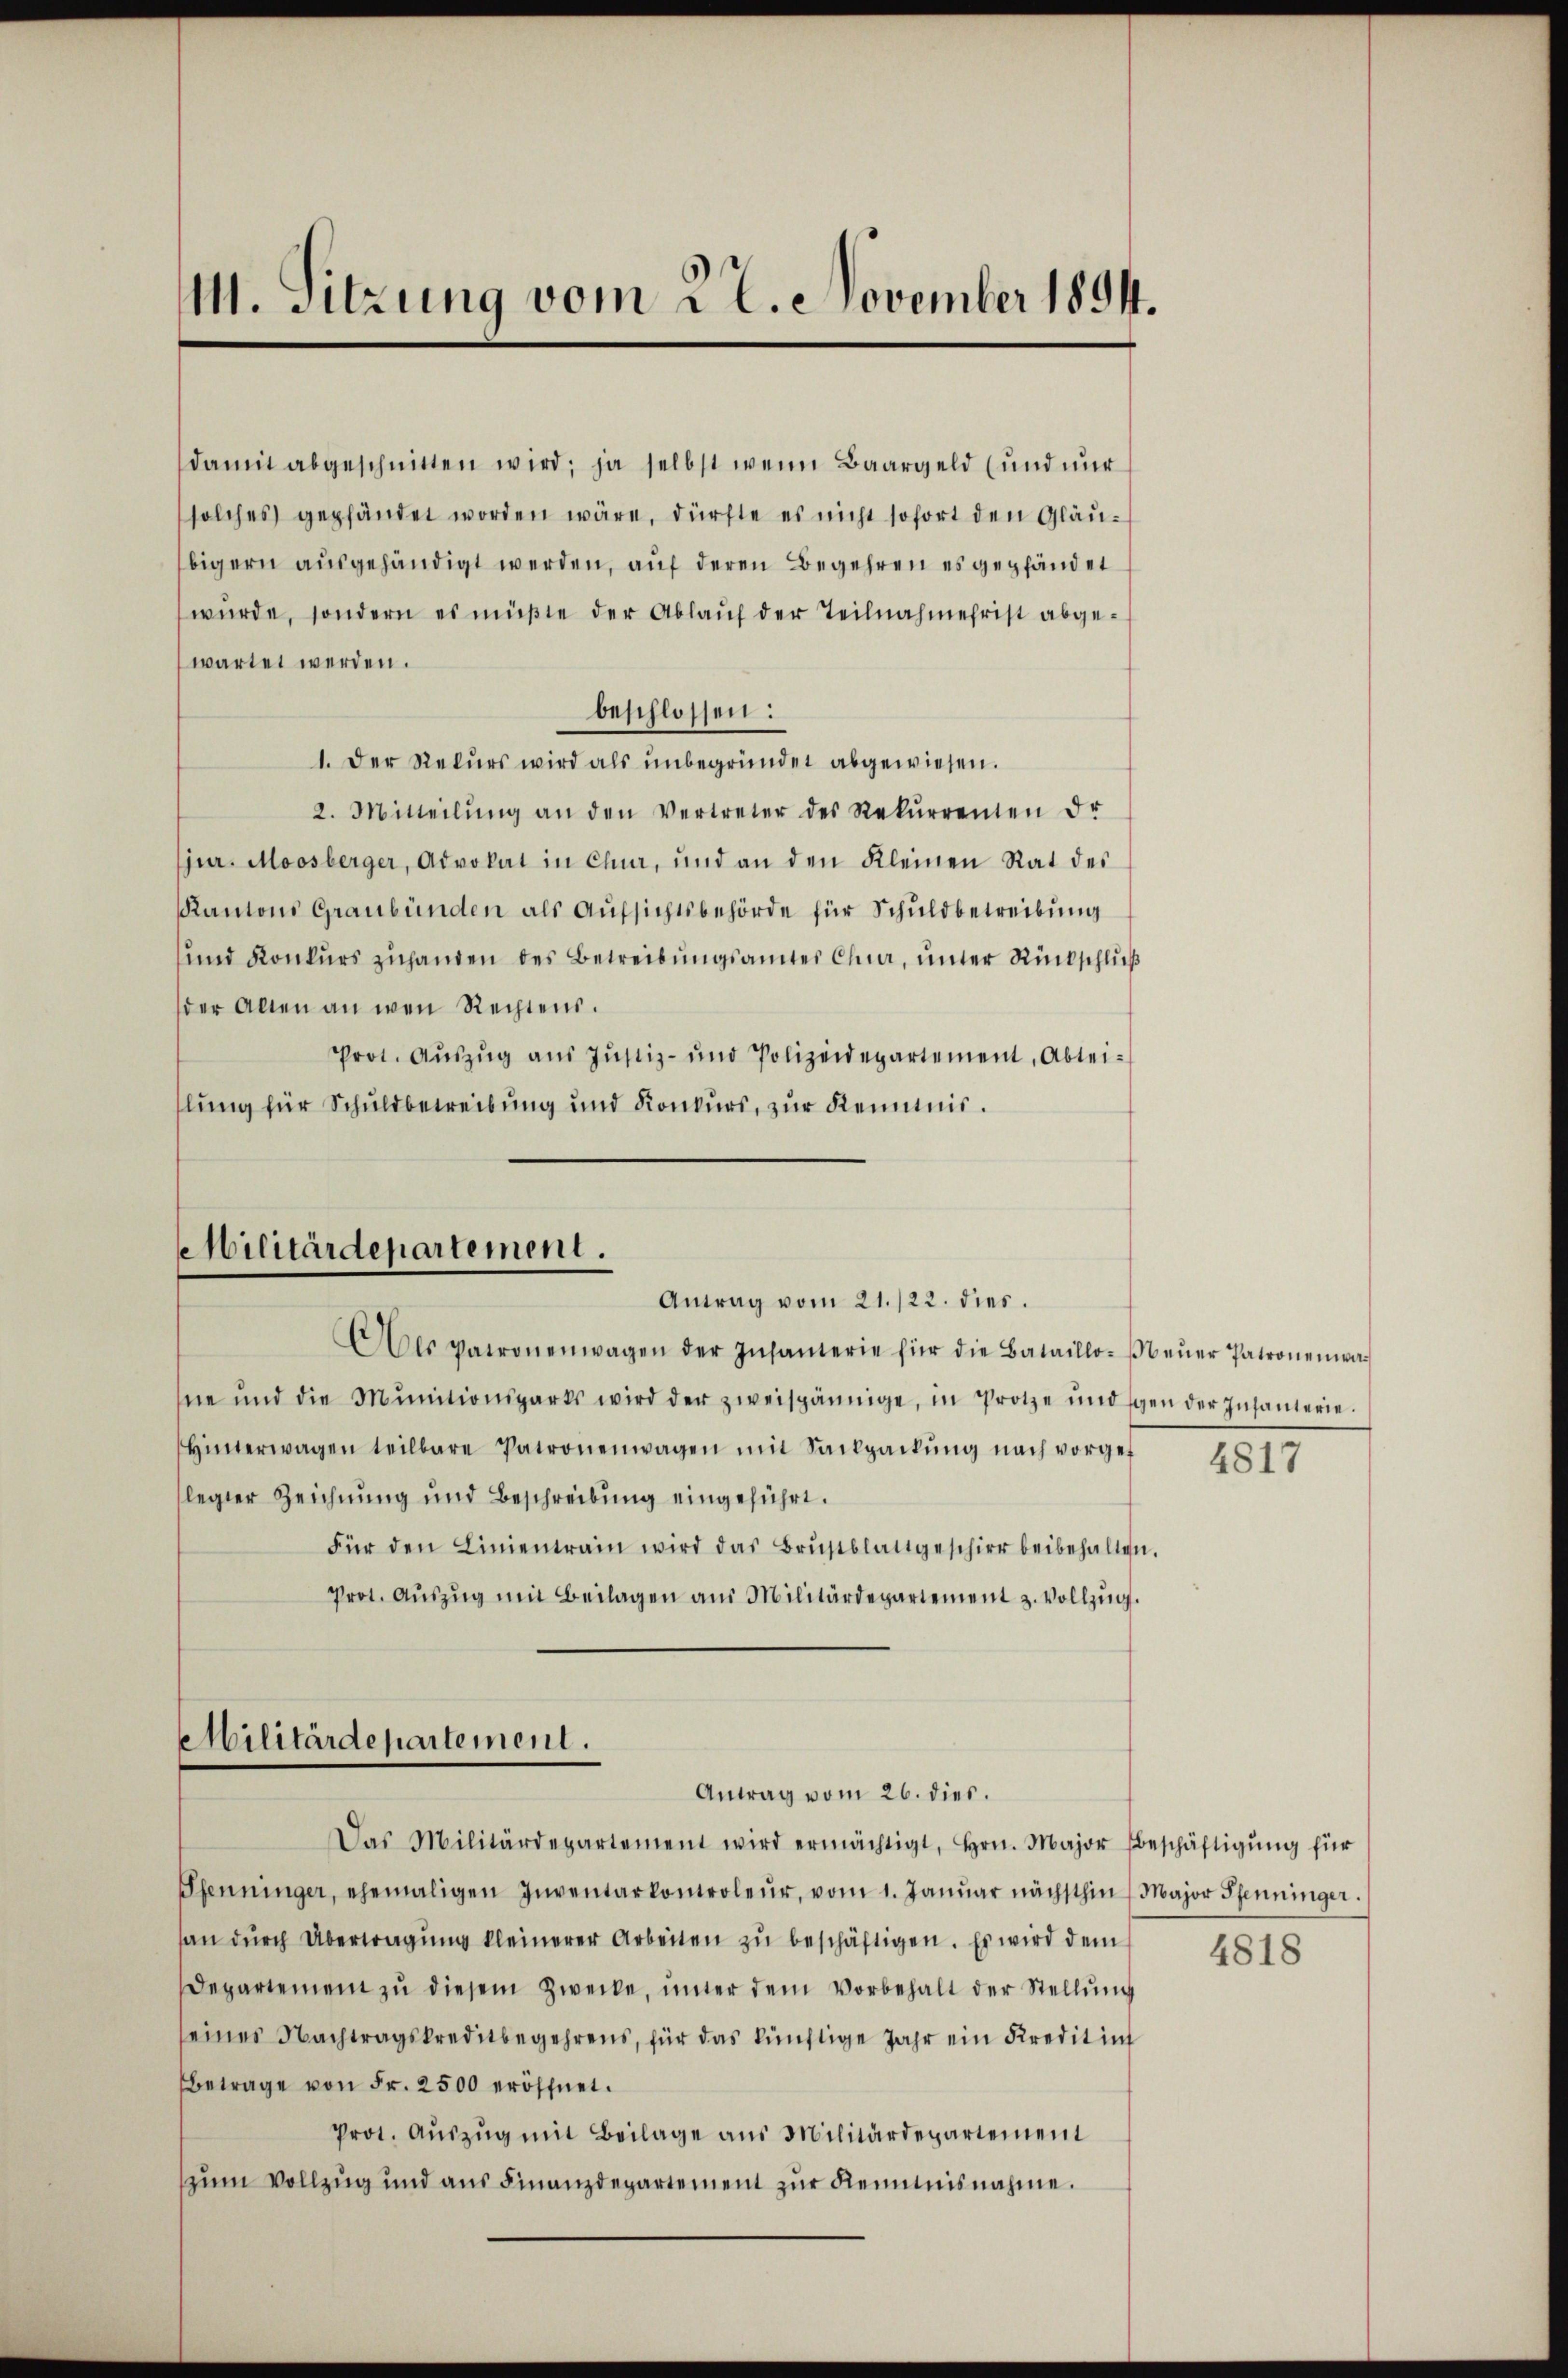
111. Sitzung vom 22. November 1894.

damit abgeschnitten wird; ja selbst wenn Baargeld (und nŭr
solches gepfändet worden wäre, dürfte es nicht sofort den Gläubigern ausgehändigt werden, auf deren Begehren es gepfändet
wurde, sondern es müßte der Ablauf der Teilnahmehrist abgewartet werden.
beschlossen:
1. Der Rekurs wird als ŭnbegründet abgewiesen.
2. Mitteilŭng an den Vertreter des Rekŭrrenten dr
jur. Moosberger, Advokat in Chur, und an den Kleinen Rat des
Kantons Graubünden als Aufsichtsbehörde für Schuldbetreibung
und Konkurs zuhanden des Betreibungsamtes Chur, unter Rückschluß
der Allen an wen Rechtens.
Prot. Aŭszŭg aŭs Jŭstiz- und Polizeidepartement, Abtei-
lung für Schuldbetreibung und Konkurs, zur Kenntnis.

Militärdepartement.
Antrag vom 21./22. dies.

Als Patronenwagen der Insanterie für die Bataillo-steŭer Patronenwa
ne und die Munitionsgarts wird der zweispännige, in Protze und gen der Insanterie.
Hinterwagen teilbare Patronenwagen mit Sailpackŭng nach vorgef
legter Zeichnung und Beschreibung eingeführt.
Für den Linientrain wird das Brustblattgeschier beibehalten.
Prot. Aŭszŭg mit Beilagen aus Militärdepartement z. Vollzŭg.

Militärdepartement.
Antrag vom 26. dies.

Das Militärdepartement wird ermächtigt, Hrn. Major Beschäftigŭng für
Pfenninger, ehemaligen Inventarkontroleur, vom 1. Janŭar nächsthin Major Pfenninger.
an durch Übertragung kleinerer Arbeiten zu beschäftigen. Es wird dem
Departement zŭ diesem Zwecke, ŭnter dem Vorbehalt der Stellŭng
seines Nachtragskreditbegehrens, für das künftige Jahr ein Kredit in
Betrage von Fr. 2500 eröffnet.
Prot. Auszug mit Beilage aus Militärdepartement
zum Vollzug und aus Finanzdepartement zŭr Kenntnisnahme.

4817

4818